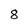
Character: 8